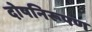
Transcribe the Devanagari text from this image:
दोषनिरूपण